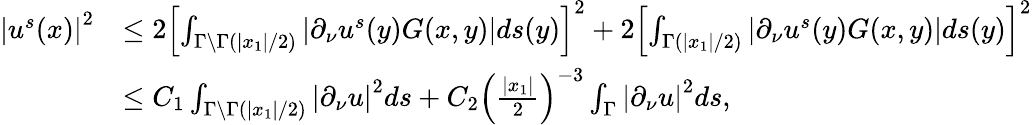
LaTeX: \begin{array}{rl}{\left|u^{s}(x)\right|^{2}}&{\leq 2\left[\int_{\Gamma\backslash\Gamma\left(\left|x_{1}\right|/2\right)}\left|\partial_{\nu}u^{s}(y)G(x,y)\right|ds(y)\right]^{2}+2\left[\int_{\Gamma\left(\left|x_{1}\right|/2\right)}\left|\partial_{\nu}u^{s}(y)G(x,y)\right|ds(y)\right]^{2}}\\ &{\leq C_{1}\int_{\Gamma\backslash\Gamma\left(\left|x_{1}\right|/2\right)}\left|\partial_{\nu}u\right|^{2}ds+C_{2}\left(\frac{\left|x_{1}\right|}{2}\right)^{-3}\int_{\Gamma}\left|\partial_{\nu}u\right|^{2}ds,}\end{array}